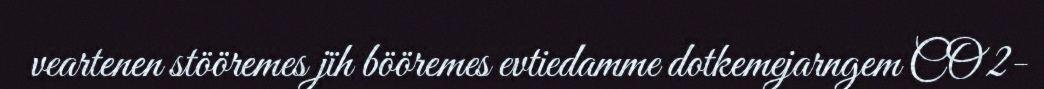
veartenen stööremes jïh bööremes evtiedamme dotkemejarngem CO 2-